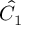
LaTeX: { \hat { C } } _ { 1 }